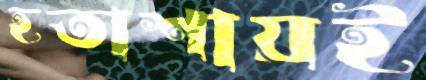
হতাশায়ই